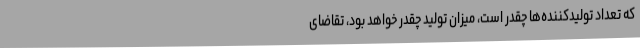
که تعداد تولیدکننده‌ها چقدر است، میزان تولید چقدر خواهد بود، تقاضای